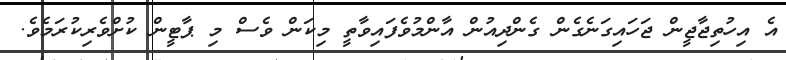
އެ އިހުތިޖާޖީން ޖަހައިގަނެގެން ގެންދިއުން އާންމުވެފައިވާތީ މިކަން ވެސް މި ޕާޓީން ކުށްވެރިކުރަމެވެ.